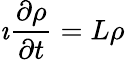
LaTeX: \imath\frac{\partial\rho}{\partial t}=L\rho